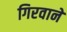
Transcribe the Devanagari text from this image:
गिरवाने